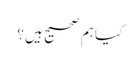
کیا ہم صحیح ہیں؟